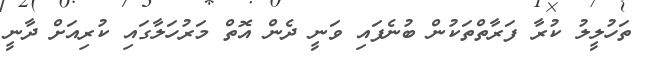
ތަހުލީލު ކުރާ ފަރާތްތަކުން ބުނެފައި ވަނީ ދެން އޮތް މަރުހަލާގައި ކުރިއަށް ދާނީ